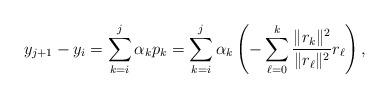
LaTeX: \begin{align*}y_{j+1}-y_i = \sum_{k=i}^{j} \alpha_k p_k =\sum_{k=i}^{j} \alpha_k \left(-\sum_{\ell=0}^k \frac{\|r_k\|^2}{\|r_\ell\|^2} r_\ell \right),\end{align*}